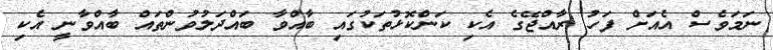
ނަމަވެސް އެއަށް ފަހު ރާއްޖޭގެ އެކި ކަންކޮޅުތަކުގައި ބާއްވާ ބައްދަލުވުންތައް ބާއްވާނީ އެކި